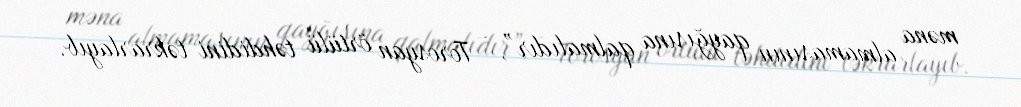
məna almamasının qayğısına qalmalıdır”, - Torosyan örtülü təhdidini təkrarlayıb.